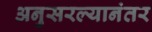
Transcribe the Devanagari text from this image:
अनुसरल्यानंतर